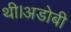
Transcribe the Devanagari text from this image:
थी।अडोबी